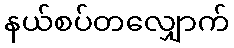
နယ်စပ်တလျှောက်